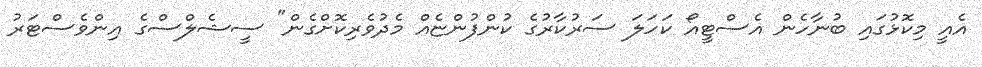
އެއީ މިކޮޅުގައި ބުނާހެން އެސްޓީއޯ ކަހަލަ ސަރުކާރުގެ ކުންފުންޏެއް މެދުވެރިކޮށްގެން" ސީޝެލްސްގެ އިންވެސްޓަރު